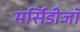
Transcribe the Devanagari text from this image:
मर्सिडीजॉ